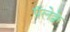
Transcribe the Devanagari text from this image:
पॅलेक्वे